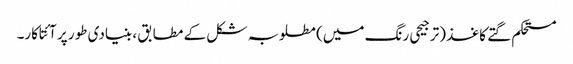
مستحکم گتے کاغذ (ترجیحی رنگ میں) مطلوبہ شکل کے مطابق ، بنیادی طور پر آئتاکار۔